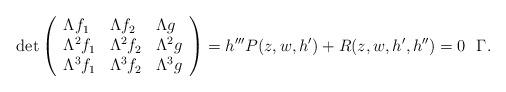
LaTeX: \begin{align*}\mathrm{det}\left(\begin{array}{llll}\Lambda f_1 & \Lambda f_{2} & \Lambda g \\\Lambda^2 f_1 & \Lambda^2 f_{2} & \Lambda^2 g \\\Lambda^3 f_1 & \Lambda^3 f_{2} & \Lambda^3 g\\\end{array}\right)=h'''P(z,w, h') +R(z,w, h',h'')=0~~\Gamma.\end{align*}